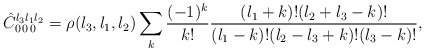
\begin{align*}\hat{C}^{l_3 l_1 l_2}_{0\,0\,0} = \rho({l_3 , l_1, l_2})\sum_k {(-1)^k\over k!} {(l_1+k)! (l_2+l_3-k)!\over (l_1-k)! (l_2-l_3+k)! (l_3-k)!},\end{align*}